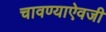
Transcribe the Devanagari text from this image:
चावण्याऐवजी